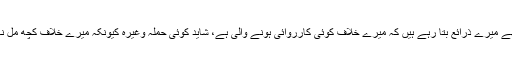
اب مجھے میرے ذرائع بتا رہے ہیں کہ میرے خلاف کوئی کارروائی ہونے والی ہے، شاید کوئی حملہ وغیرہ کیونکہ میرے خلاف کچھ مل نہیں رہا۔